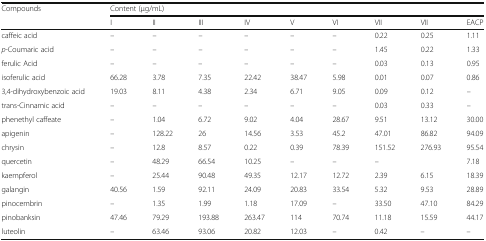
| <ROWSPAN=2> Compounds | <COLSPAN=9> Content (μg/mL) |
 | I | II | III | IV | V | VI | VII | VII | EACP |
 | --- | --- | --- | --- | --- | --- | --- | --- | --- | --- |
 | caffeic acid | – | – | – | – | – | – | 0.22 | 0.25 | 1.11 |
 | p-Coumaric acid | – | – | – | – | – | – | 1.45 | 0.22 | 1.33 |
 | ferulic Acid | – | – | – | – | – | – | 0.03 | 0.13 | 0.95 |
 | isoferulic acid | 66.28 | 3.78 | 7.35 | 22.42 | 38.47 | 5.98 | 0.01 | 0.07 | 0.86 |
 | 3,4-dihydroxybenzoic acid | 19.03 | 8.11 | 4.38 | 2.34 | 6.71 | 9.05 | 0.09 | 0.12 | – |
 | trans-Cinnamic acid | – | – | – | – | – | – | 0.03 | 0.33 | – |
 | phenethyl caffeate | – | 1.04 | 6.72 | 9.02 | 4.04 | 28.67 | 9.51 | 13.12 | 30.00 |
 | apigenin | – | 128.22 | 26 | 14.56 | 3.53 | 45.2 | 47.01 | 86.82 | 94.09 |
 | chrysin | – | 12.8 | 8.57 | 0.22 | 0.39 | 78.39 | 151.52 | 276.93 | 95.54 |
 | quercetin | – | 48.29 | 66.54 | 10.25 | – | – | – |  | 7.18 |
 | kaempferol | – | 25.44 | 90.48 | 49.35 | 12.17 | 12.72 | 2.39 | 6.15 | 18.39 |
 | galangin | 40.56 | 1.59 | 92.11 | 24.09 | 20.83 | 33.54 | 5.32 | 9.53 | 28.89 |
 | pinocembrin | – | 1.35 | 1.99 | 1.18 | 17.09 | – | 33.50 | 47.10 | 84.29 |
 | pinobanksin | 47.46 | 79.29 | 193.88 | 263.47 | 114 | 70.74 | 11.18 | 15.59 | 44.17 |
 | luteolin | – | 63.46 | 93.06 | 20.82 | 12.03 | – | 0.42 | – | – |